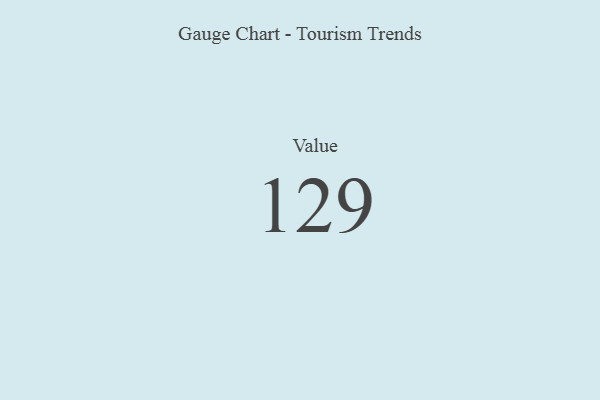
{"axis": {"x": "Metric", "y": "Value"}, "legend": [""], "data": [{"x": "Value", "y": 129, "type": ""}]}